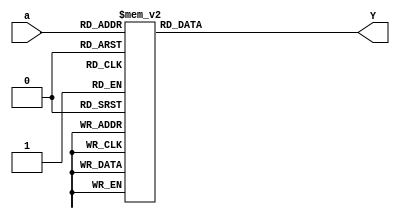
module decorder(a,Y);//47
	input[3:0] a;
	output[6:0] Y;
	reg[6:0] Y;
	always@(a)
	begin
		case(a)
			4'b0000:Y<=7'b1000000;
			4'b0001:Y<=7'b1111001;

			4'b0010:Y<=7'b0100100;
			4'b0011:Y<=7'b0110000;
			4'b0100:Y<=7'b0011001;

			4'b0101:Y<=7'b0010010;
			4'b0110:Y<=7'b0000010;
			4'b0111:Y<=7'b1111000;

			4'b1000:Y<=7'b0000000;
			4'b1001:Y<=7'b0010000;
			default:Y<=7'bz;
		endcase
	end
endmodule